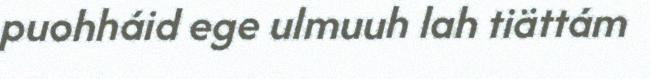
puohháid ege ulmuuh lah tiättám